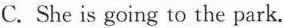
C. She is going to the park.